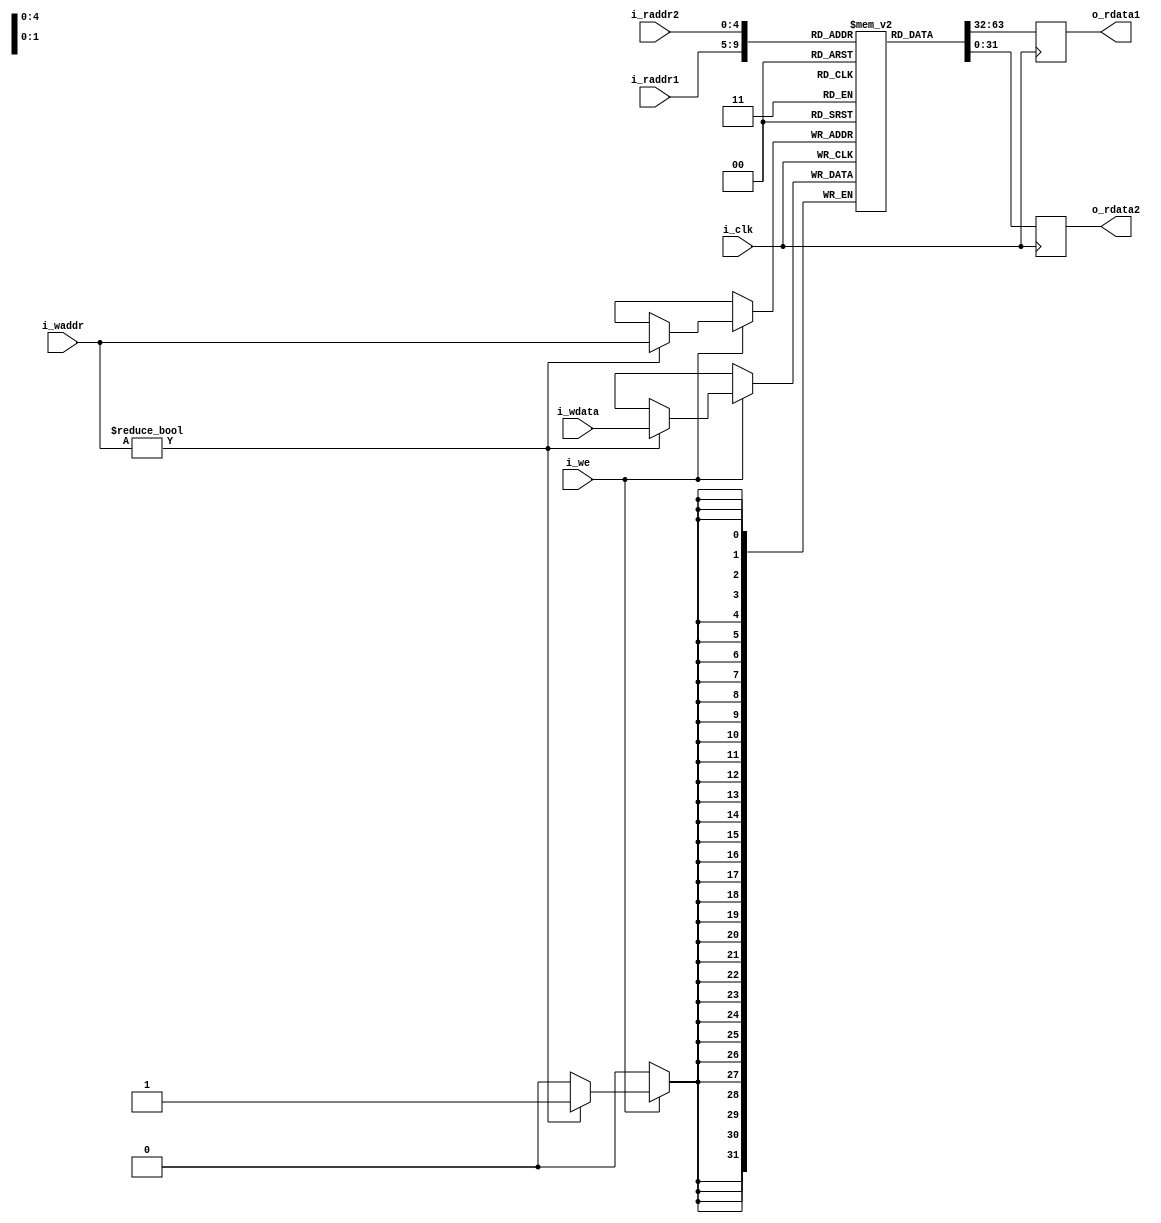

module regFile(i_clk, 
               i_raddr1, 
               i_raddr2, 
               i_waddr, 
               i_wdata, 
               i_we,
               o_rdata1,
               o_rdata2 
               );
               
input           i_clk, i_we;
input  [4:0]   i_raddr1, i_raddr2, i_waddr;
input   [31:0]  i_wdata;           
output reg [31:0]  o_rdata1, o_rdata2;

reg [31:0] MEM [31:0];

initial
    MEM[0] = 0;

always@(posedge i_clk)
begin:READ_FROM_MEM
    o_rdata1 <= MEM[i_raddr1];
    o_rdata2 <= MEM[i_raddr2];
end

always@(posedge i_clk)
begin:WRITE_TO_MEM
    if(i_we)
    begin
    if(i_waddr != 0)
        MEM[i_waddr] <= i_wdata;
    end
end
  
endmodule